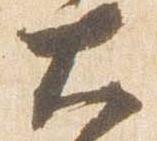
大